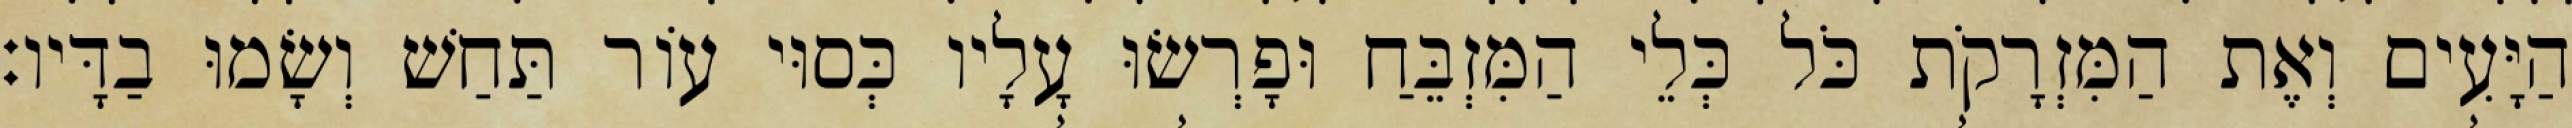
הַיָּעִים וְאֶת הַמִּזְרָקֹת כֹּל כְּלֵי הַמִּזְבֵּחַ וּפָרְשׂוּ עָלָיו כְּסוּי עוֹר תַּחַשׁ וְשָׂמוּ בַדָּיו׃